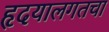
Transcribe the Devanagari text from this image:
हृदयालगतचा